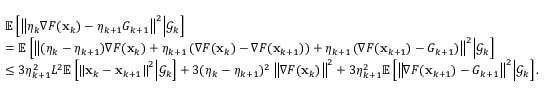
\begin{array} { r l } & { \mathbb { E } \left[ \left\Vert \eta _ { k } \nabla F ( \mathbf { x } _ { k } ) - \eta _ { k + 1 } G _ { k + 1 } \right\Vert ^ { 2 } \middle | \mathcal { G } _ { k } \right] } \\ & { = \mathbb { E } \left[ \left\Vert ( \eta _ { k } - \eta _ { k + 1 } ) \nabla F ( \mathbf { x } _ { k } ) + \eta _ { k + 1 } \left( \nabla F ( \mathbf { x } _ { k } ) - \nabla F ( \mathbf { x } _ { k + 1 } ) \right) + \eta _ { k + 1 } \left( \nabla F ( \mathbf { x } _ { k + 1 } ) - G _ { k + 1 } \right) \right\Vert ^ { 2 } \middle | \mathcal { G } _ { k } \right] } \\ & { \leq 3 \eta _ { k + 1 } ^ { 2 } L ^ { 2 } \mathbb { E } \left[ \left\Vert \mathbf { x } _ { k } - \mathbf { x } _ { k + 1 } \right\Vert ^ { 2 } \middle | \mathcal { G } _ { k } \right] + 3 ( \eta _ { k } - \eta _ { k + 1 } ) ^ { 2 } \left\Vert \nabla F ( \mathbf { x } _ { k } ) \right\Vert ^ { 2 } + 3 \eta _ { k + 1 } ^ { 2 } \mathbb { E } \left[ \left\Vert \nabla F ( \mathbf { x } _ { k + 1 } ) - G _ { k + 1 } \right\Vert ^ { 2 } \middle | \mathcal { G } _ { k } \right] . } \end{array}